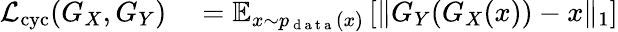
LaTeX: \begin{array}{rl}{\mathcal{L}_{\mathrm{cyc}}(G_{X},G_{Y})}&{{}=\mathbb{E}_{x\sim p_{\mathrm{~d~a~t~a~}}(x)}\left[\| G_{Y}(G_{X}(x))-x\| _{1}\right]}\end{array}